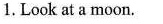
1. Look at a moon.